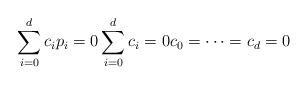
LaTeX: \begin{align*}\sum_{i=0}^d c_i p_i = 0 \sum_{i=0}^d c_i=0 c_0 = \dotsb = c_d = 0\end{align*}